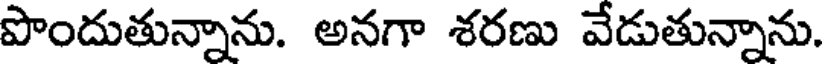
పొందుతున్నాను. అనగా శరణు వేడుతున్నాను.